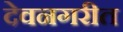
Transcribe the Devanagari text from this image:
देवनगरीत